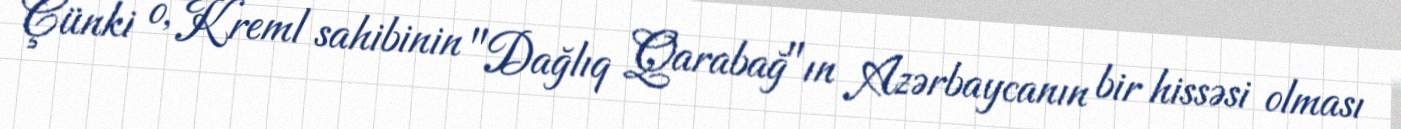
Çünki o, Kreml sahibinin "Dağlıq Qarabağ"ın Azərbaycanın bir hissəsi olması